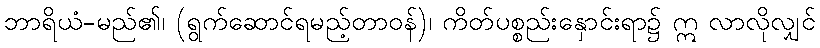
ဘာရိယံ-မည်၏၊ (ရွက်ဆောင်ရမည့်တာဝန်)၊ ကိတ်ပစ္စည်းနှောင်းရာ၌ ဣ လာလိုလျှင်